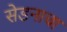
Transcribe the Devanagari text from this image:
सेडनाचा